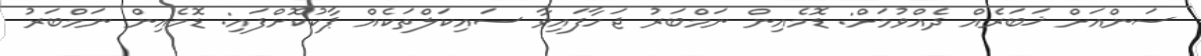
ސަންއަށް ޚަބަރެއް ދެއްވުމަށް: ޑޮމެއިން ނަމްބަރު ޖަހާފައިވާ ސައިކަލްތަކެއް ޕާކުކޮށްފައި: ޑޮމެއިން ނަމްބަރު